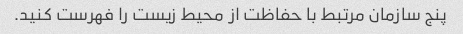
پنج سازمان مرتبط با حفاظت از محیط زیست را فهرست کنید.